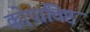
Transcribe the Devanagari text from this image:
कोपाविष्ट